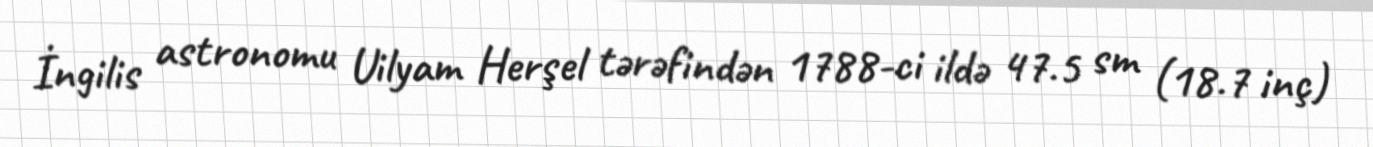
İngilis astronomu Uilyam Herşel tərəfindən 1788-ci ildə 47.5 sm (18.7 inç)